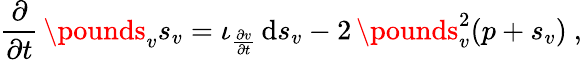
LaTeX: \frac\partial{\partial t}\, \pounds_{v}s_{v}=\iota_{\frac{\partial v}{\partial t}}\, \mathrm{d}s_{v}-2\, \pounds_{v}^{2}(p+s_{v})\ ,